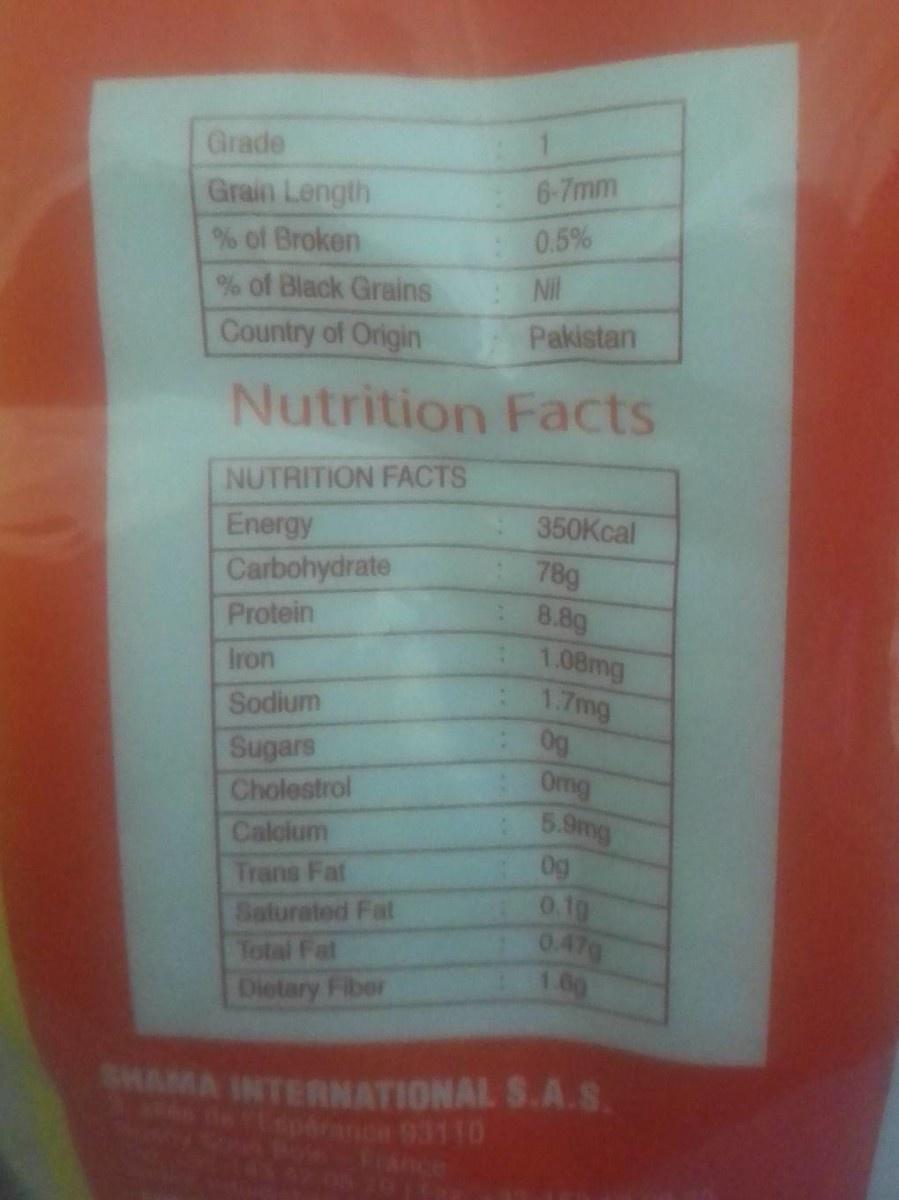
Grade
6-7mm
Grain Length % of Broken
0.5%
% of Black Grains
Nil
Country of Origin
Pakistan
Nutrition Facts
NUTRITION FACTS
Energy Carbohydrate
350Kcal
78g
8.8g 1.08mg 1.7mg 0g Omg 5.9mg 0g 0.1g 0.47g 1.00
Protein
Iron
Sodium
Sugars
Cholestrol
Calcium
Trans Fat
Salurated Fat Total Fat
Dietary Fiber
SHAMA INTERNATIONAL S.A.S. Lapáranca 93110 ance